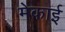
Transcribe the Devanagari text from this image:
मेकाई